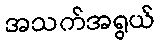
အသက်အရွယ်